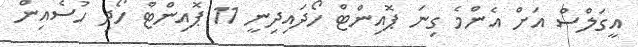
އީގަލްސް އަށް އެންމެ ގިނަ ޕޮއިންޓް ހޯދައިދިނީ 11 ޕޮއިންޓް ހޯދި ހުސެއިން